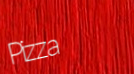
Pizza